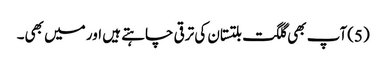
(5)آپ بھی گلگت بلتستان کی ترقی چاہتے ہیں اور میں بھی۔